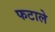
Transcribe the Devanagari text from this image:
फटाले